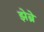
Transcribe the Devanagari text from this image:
झेब्रे